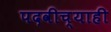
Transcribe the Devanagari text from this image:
पदवीच्याही